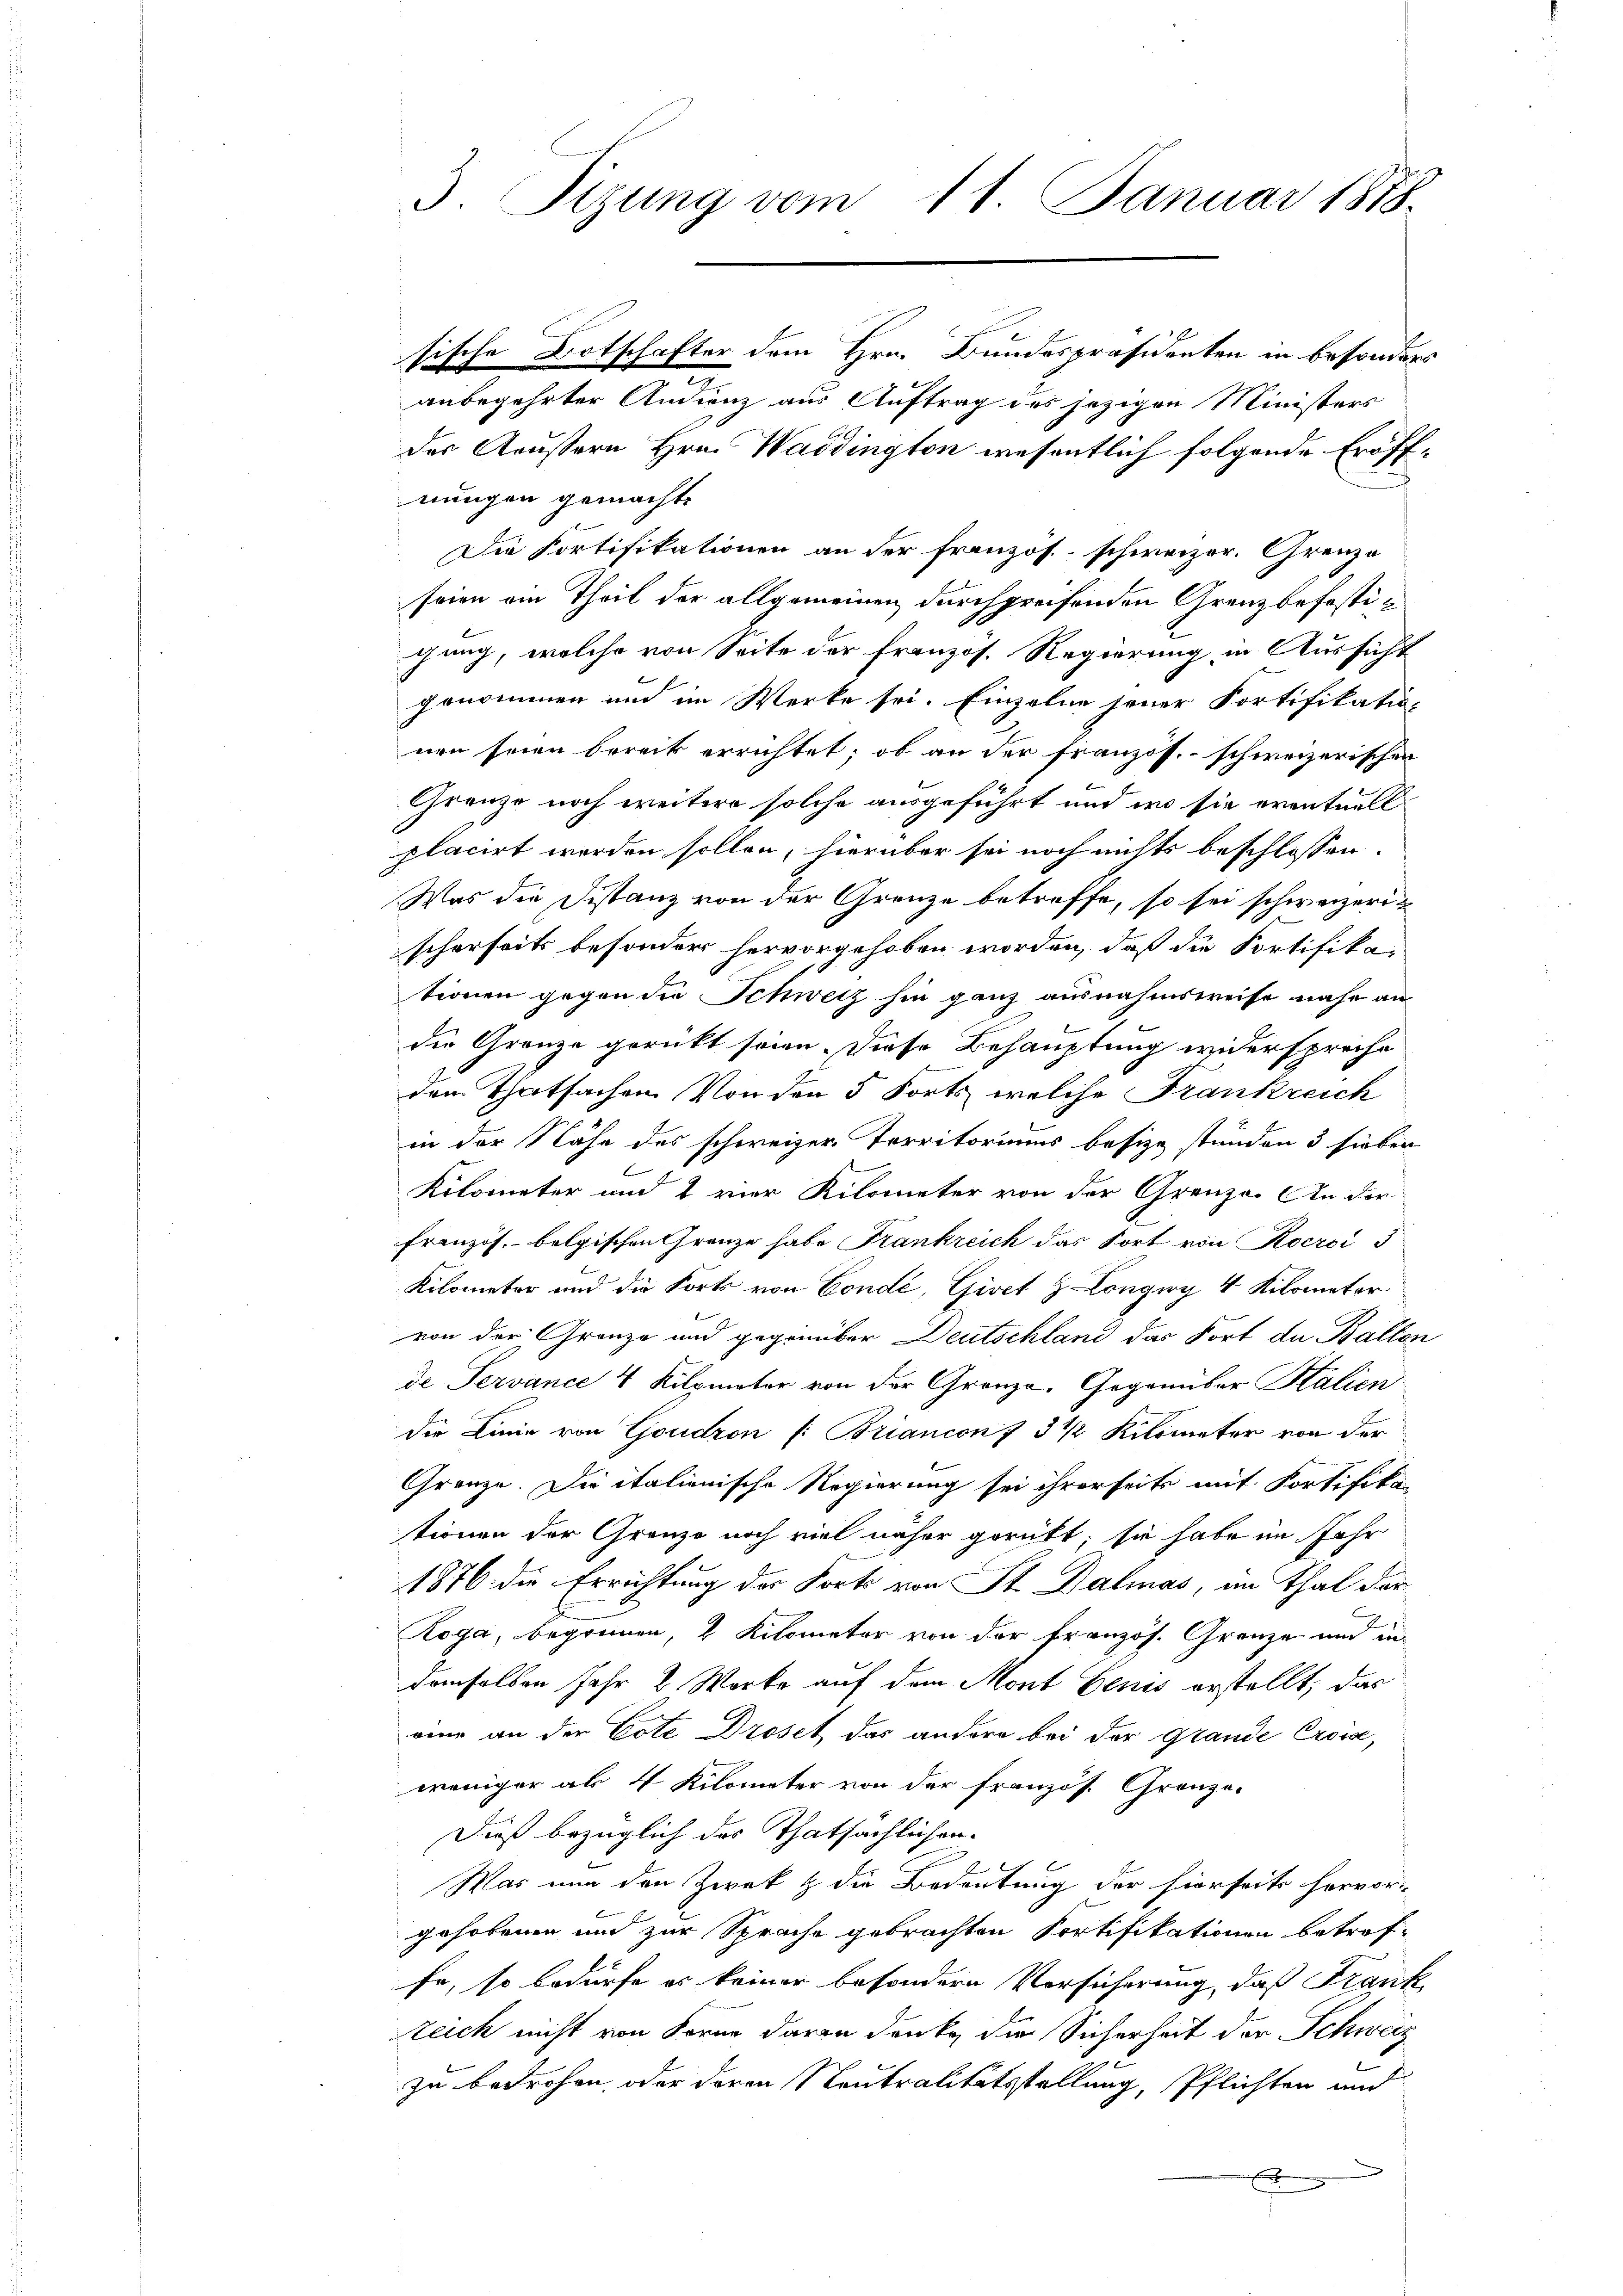
3. Tizung vom 11. Januar 1878

sische Botschafter dem Hrn. Bundespräsidenten in besonders
anbegehrter Andrenz aus Auftrag des jezigen Ministers
das Aeussern Hrn. Waddington wesentlich folgende Eröffnungen gemachte
Die Fortifikationen an der französ. schweizer. Grenze
seien am Theil der allgemeinen durchgreifenden Grenzbefestichung, welche von Seite der französ. Regierung in Aussicht
genommen und im Werke sei. Einzelne jener Portifikatio-
nen seien bereit errichtet; ob an der französ. schweizerischen
Grenze noch weitere solche ausgeführt und wo sie eventuell
placirt werden sollen, hierüber sei noch nichts beschlossen:
Was die Distanz von der Grenze betreffe, so sei schweizerischerheits besonder hervorgehoben worden, daß die Fortifikationen gegen die Schweiz hin ganz ausnahmsweise nahe an
die Grenze gerückt seien. Diese Behauptung widerspreche
den Thatsachen Von den 5 Forts welche Frankreich
in der Nähe des schweizer Territoriums besize stünden 3 sieber
Kilometer und & vier Kilometer von der Grenze. An der
französ. belgischen Grenze habe Frankreich das Fort von Rocroi 3
Kilometer und die Forts von Condé, Giset & Longiry 4 Kilometer
von der Gränze und gegenüber Deutschland das Fort de Balten
de Servance 4 Kilomater von der Grenze. Gegenüber Kalien
die Linie von Goudron [Briancon 7 3 ½ Kilometer von der
Grenze. Die italienische Regierung sei ihrerseits mit Fortifika
tionen der Grenze noch viel näher gerübt; sie habe im Jahr
1876 die Errichtung des Forts von St. Dalmas, im Thal der
Roga, begrünen, 1 Kilometer von der französ. Grenze und in
demselben Jahr 2 Worte auf dem Mont Benis erstellt, das
eine an der Cote Droset das andere bei der Grande Crois,
weniger als 4 Kilometer von der französ. Granzo-
Dieß bezüglich des Thatsächlichen
Was nun den Zwek & die Bedeutung der hierseits hervor-
gehobenen und zur Sprache gebrachten Sortifikationen betrof-
fe, so bedürfe es keiner besondern Vorsicherung, daß Frank
Zeich nicht von Korne daran denke, die Sicherheit der Schweiz
zu bedrohen, oder deren Neutralitätsstellung, Pflichten und
x